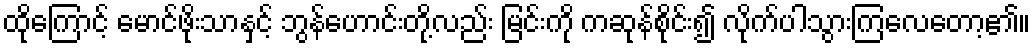
ထိုကြောင့် မောင်ဖိုးသာနှင့် ဘွန်ဟောင်းတို့လည်း မြင်းကို ကဆုန်စိုင်း၍ လိုက်ပါသွားကြလေတော့၏။